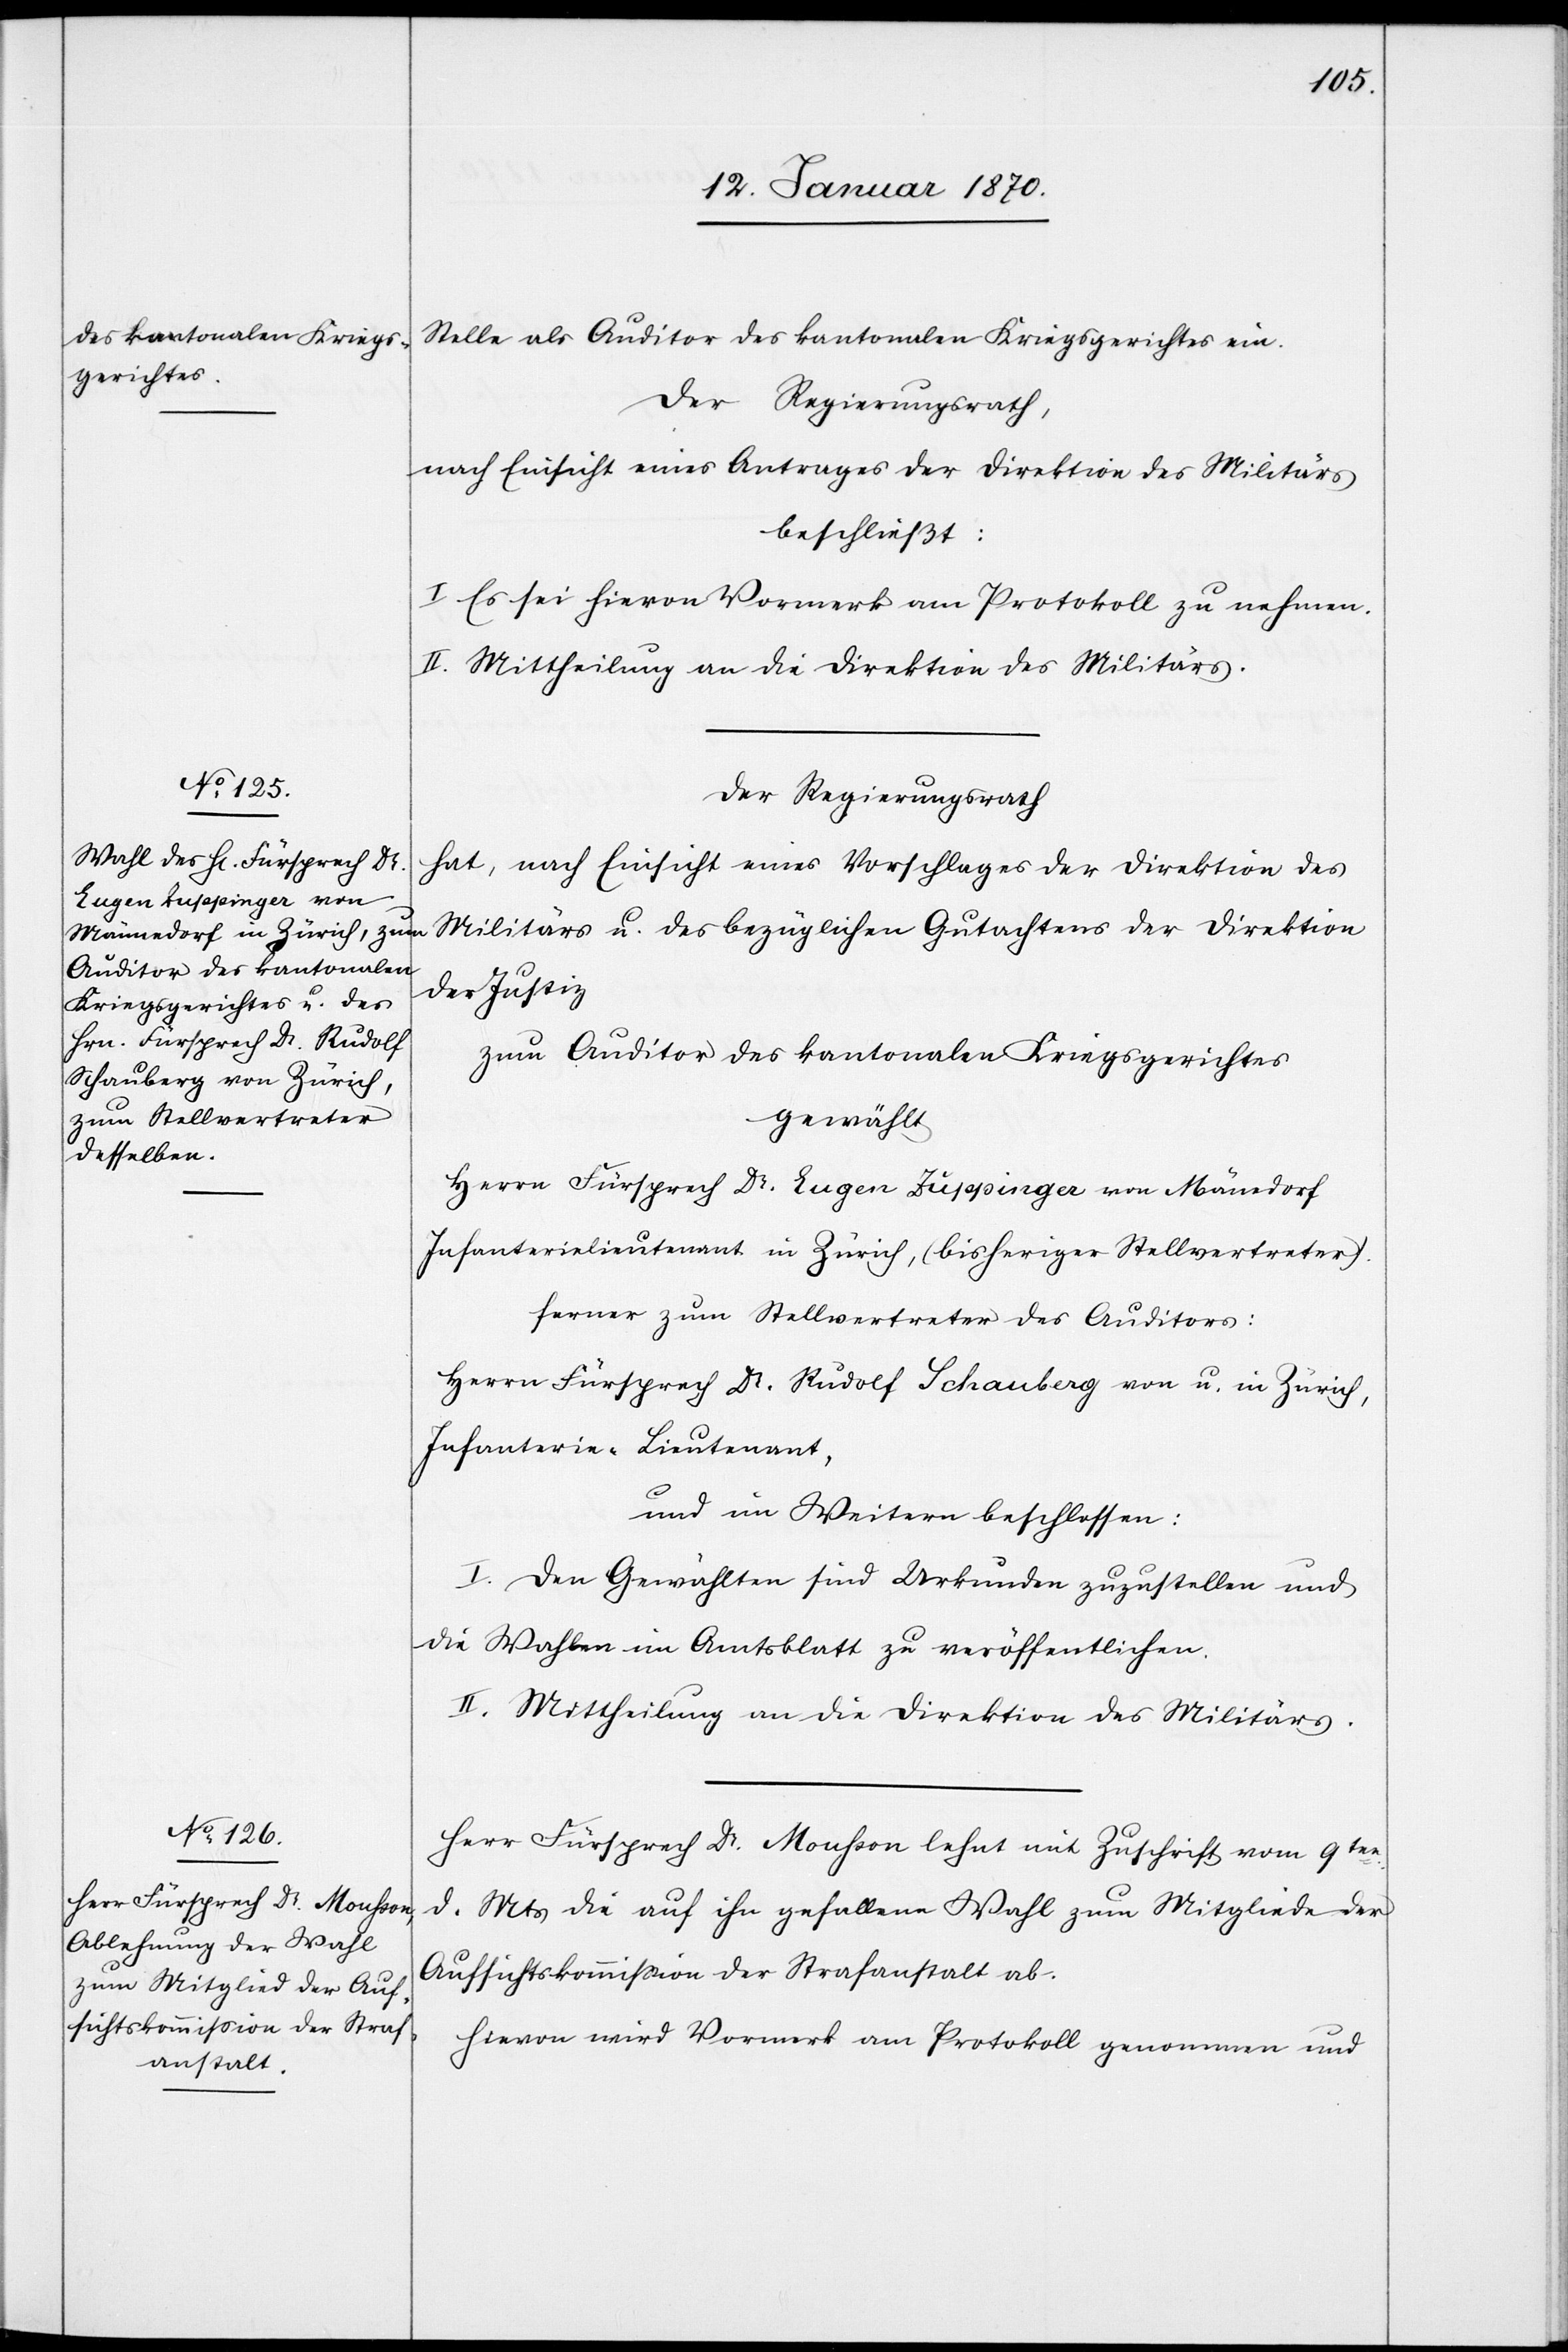
Stelle als Auditor des kantonalen Kriegsgerichtes ein.
Der Regierungsrath,
nach Einsicht eines Antrages der Direktion des Militärs
beschließt:
I. Es sei hievon Vormerk am Protokoll zu nehmen.
II. Mittheilung an die Direktion des Militärs.
Der Regierungsrath
hat, nach Einsicht eines Vorschlages der Direktion des
Militärs u. des bezüglichen Gutachtens der Direktion
der Justiz
zum Auditor des kantonalen Kriegsgerichtes
gewählt:
Herrn Fürsprech Dr. Eugen Zuppinger von Män[n]edorf
Infanterielieutenant in Zürich, (bisheriger Stellvertreter).
Ferner zum Stellvertreter des Auditors:
Herrn Fürsprech Dr. Rudolf Schauberg von u. in Zürich,
Infanterie-Lieutenant,
und im Weiteren beschlossen:
I. Den Gewählten sind Urkunden zuzustellen und
die Wahlen im Amtsblatt zu veröffentlichen.
II. Mittheilung an die Direktion des Militärs.
Herr Fürsprech Dr. Mousson lehnt mit Zuschrift vom 9ten
d. Mts. die auf ihn gefallene Wahl zum Mitgliede der
Aufsichtskommission der Strafanstalt ab.
Hievon wird Vormerk am Protokoll genommen und